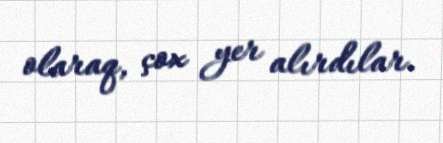
olaraq, çox yer alırdılar.